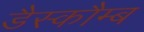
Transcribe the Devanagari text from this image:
डैस्कौम्ब